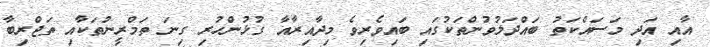
އާއި އަދި މަސައްކަތު ބައްދަލުވުންތަކުގައި ބައިވެރިވެ މިދާއިރާއާ ގުޅުންހުރި ގިނަ ތަމްރީނުތަކާއި ތަޖްރިބާ